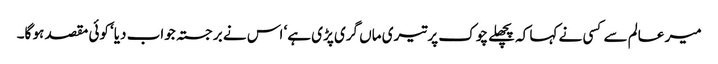
میر عالم سے کسی نے کہا کہ پچھلے چوک پر تیری ماں گری پڑی ہے‘ اس نے برجستہ جواب دیا‘ کوئی مقصد ہو گا۔